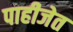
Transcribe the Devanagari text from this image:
पाहीजेत